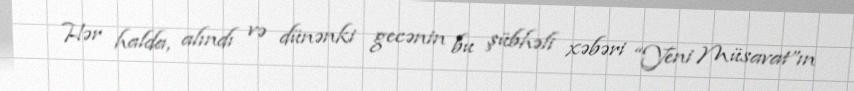
Hər halda, alındı və dünənki gecənin bu şübhəli xəbəri “Yeni Müsavat”ın